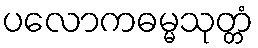
ပလောကဓမ္မသုတ္တံ